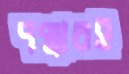
পদ্মারই